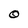
Character: 0